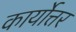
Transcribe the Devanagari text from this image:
कार्योत्तर